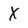
Character: x